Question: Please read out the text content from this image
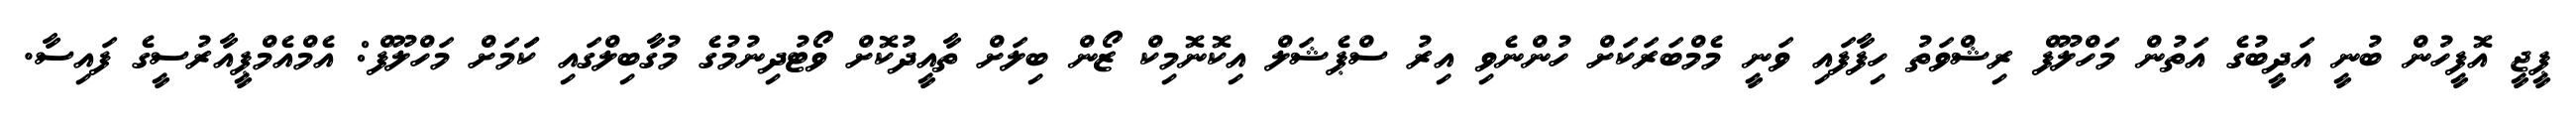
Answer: ޕީޖީ އޮފީހުން ބުނީ އަދީބުގެ އަތުން މަހްލޫފް ރިޝްވަތު ހިފާފައި ވަނީ މެމްބަރަކަށް ހުންނެވި އިރު ސްޕެޝަލް އިކޮނޮމިކް ޒޯން ބިލަށް ތާއީދުކޮށް ވޯޓުދިނުމުގެ މުގާބިލްގައި ކަަމަށް މަހްލޫފް: އެމްއެމްޕީއާރުސީގެ ފައިސާ.